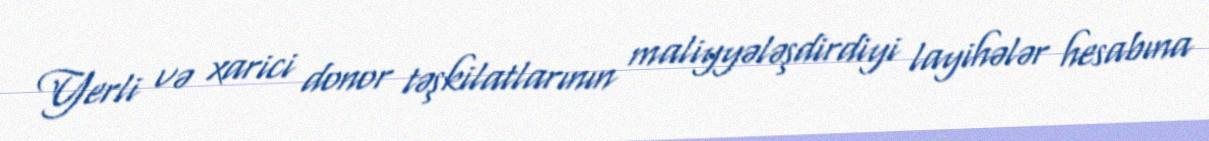
Yerli və xarici donor təşkilatlarının maliyyələşdirdiyi layihələr hesabına